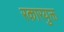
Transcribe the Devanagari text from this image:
रकारयुक्त